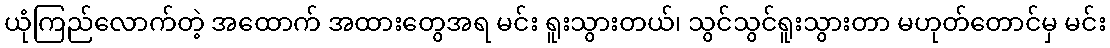
ယုံကြည်လောက်တဲ့ အထောက် အထားတွေအရ မင်း ရူးသွားတယ်၊ သွင်သွင်ရူးသွားတာ မဟုတ်တောင်မှ မင်း